Vaccination in Burma 1912-1922 - 1912-1922
Year: 1912
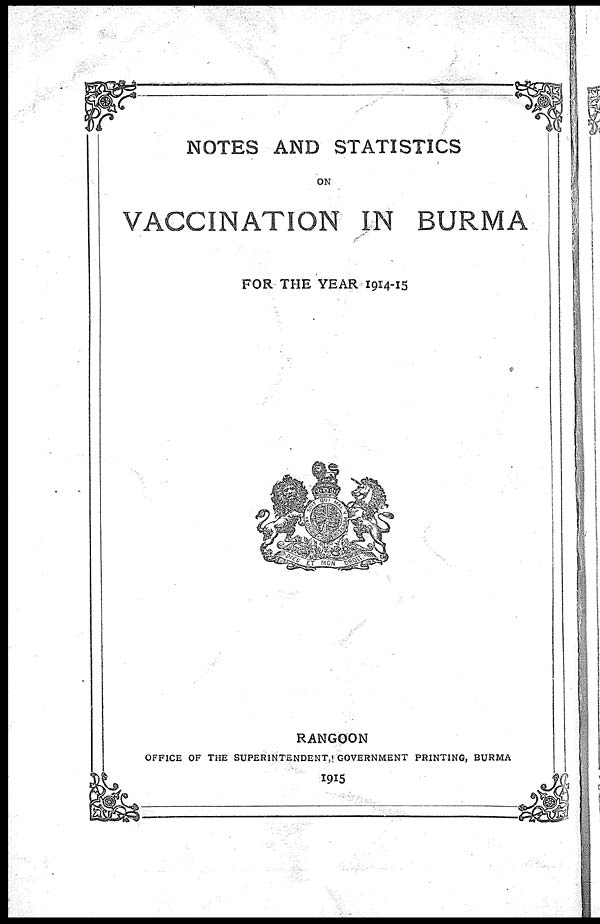
NOTES AND STATISTICS
ON
VACCINATION IN BURMA
FOR THE YEAR 1914-15
RANGOON
OFFICE OF THE SUPERINTENDENT, GOVERNMENT PRINTING, BURMA
1915